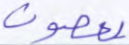
يعصون